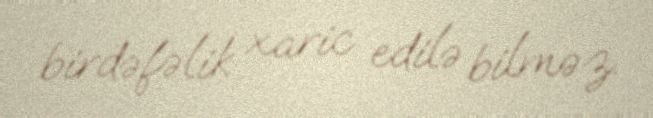
birdəfəlik xaric edilə bilməz.